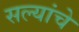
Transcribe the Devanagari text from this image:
सल्यांचे